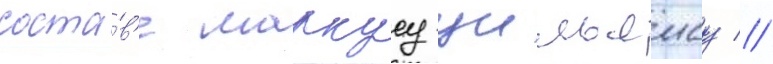
соста́в'е маркусу уильямсу //